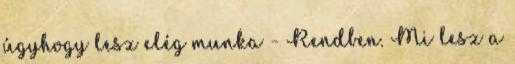
úgyhogy lesz elég munka - Rendben. Mi lesz a